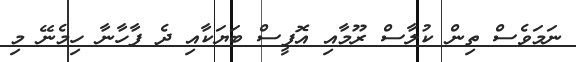
ނަމަވެސް ތިން ކުލާސް ރޫމާއި އޮފީސް ބަޔަކާއި ދެ ފާހާނާ ހިމެނޭ މި